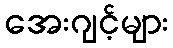
အေးဂျင့်များ